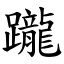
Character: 躘